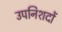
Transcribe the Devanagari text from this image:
उपनिशदों